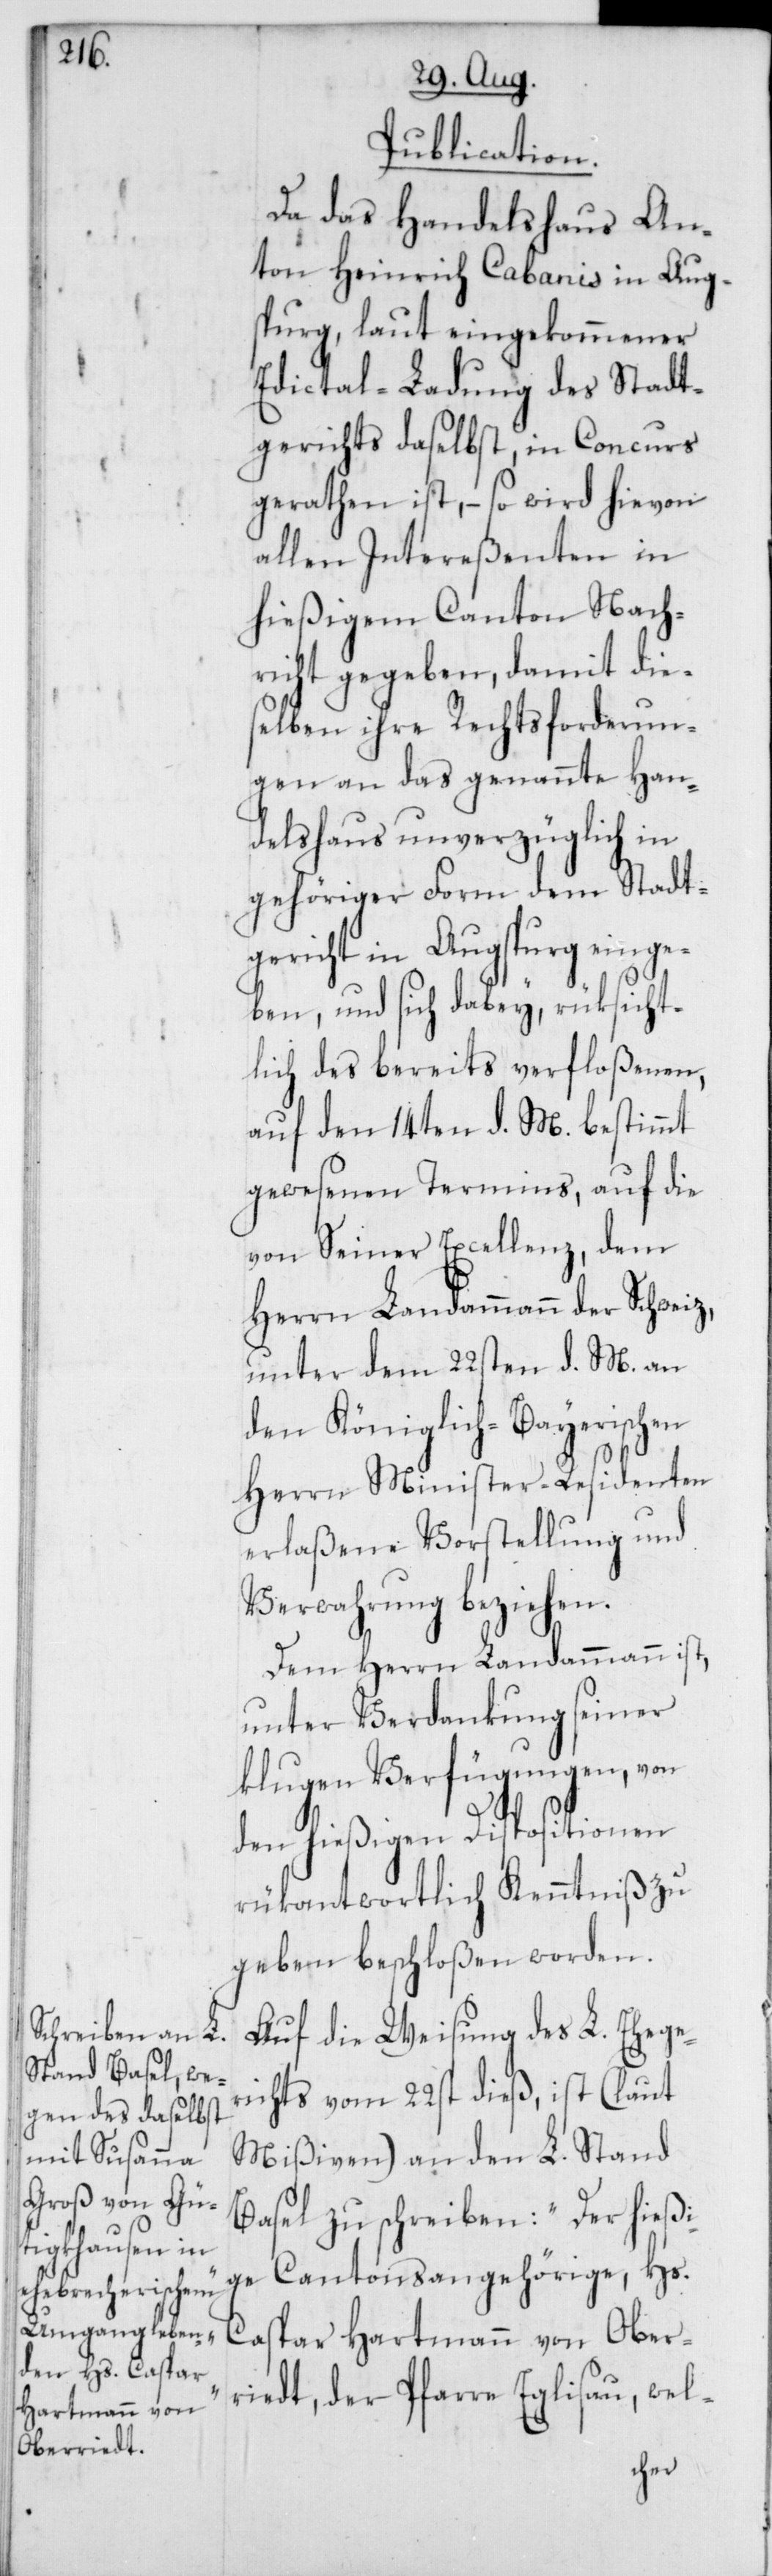
Termins, auf

Publication.
Da das Handelshaus An¬
ton Heinrich Cabanis in Augs¬
burg, laut eingekommener
Edictal-Ladung des Stadt¬
gerichts daselbst, in Concurs
gerathen ist, – so wird hievon
allen Intereßenten in
hießigem Canton Nach¬
richt gegeben, damit die¬
selben ihre Rechtsforderun¬
gen an das genannte Han¬
delshaus unverzüglich in
gehöriger Form dem Stadt¬
gericht in Augsburg einge¬
ben, und sich dabey, rüksicht¬
lich des bereits verfloßenen,
auf den 14ten d. M. bestimmt
von Seiner Excellenz, dem
Herrn Landammann des
unter dem 22sten d. M. an
den Königlich-Bayerischen
Herrn Minister-Residenten
erlaßene Vorstellung und
Verwahrung beziehen.
Dem Herrn Landammann ist,
unter Verdankung seiner
klugen Verfügungen, von
den hießigen Dispositionen
rükantwortlich Kenntniß zu
geben beschloßen worden.
Auf die Weisung des L. Ehege¬
richts vom 22sten dieß, ist (laut
Mißiven) an den L. Stand
Basel zu schreiben: „Der hießi¬
ge Cantonsangehörige Hs.
Caspar Hartmann von Ober¬
iedt, der Pfarre Eglisau, wel-